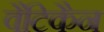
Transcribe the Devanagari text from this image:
वैटिकैन